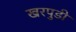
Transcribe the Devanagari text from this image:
खरपुडी